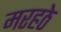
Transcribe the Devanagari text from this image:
मरहठे